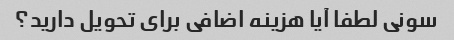
سونی لطفا آیا هزینه اضافی برای تحویل دارید؟